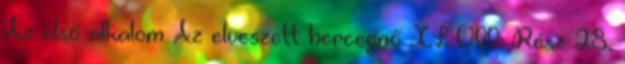
Az első alkalom Az elveszett hercegnő XLVII. Rész 28.